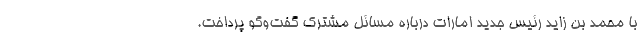
با محمد بن زاید رئیس جدید امارات درباره مسائل مشترک گفت‌وگو پرداخت.